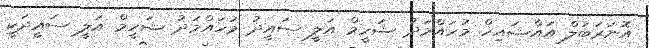
އޮނަރަބަލް އައްޝައިހް މުހައްމަދު ޝަހީމް އަލީ ސައީދު މުހައްމަދު ޝަހީމް އަލީ ސައީދަކީ